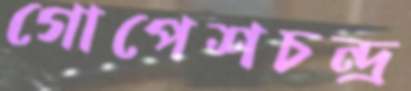
গোপেশচন্দ্র